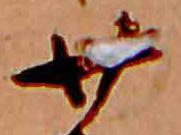
廿